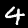
Label: 4